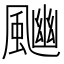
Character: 𩘈